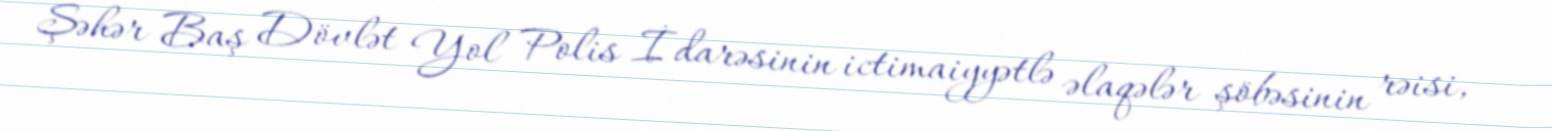
Şəhər Baş Dövlət Yol Polis İdarəsinin ictimaiyyətlə əlaqələr şöbəsinin rəisi,